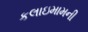
કલાઇમામની